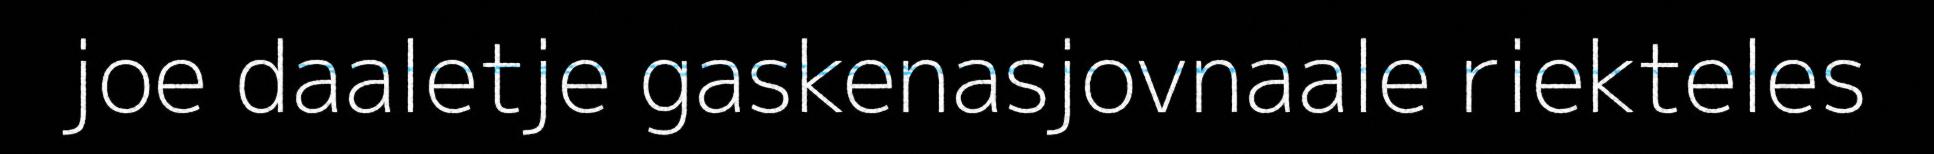
joe daaletje gaskenasjovnaale riekteles